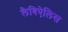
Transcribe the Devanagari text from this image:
लैबिऐलिस